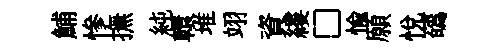
鯆慘撫純轘堆翊資縷□愉願悦蘤